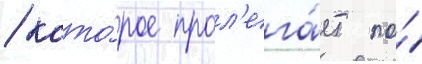
/ кото́рое прол'ега́ет по́